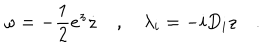
\omega = - \frac 1 2 e ^ { z } \dot { z } \quad , \quad \lambda _ { i } = - i D _ { i } z \quad .